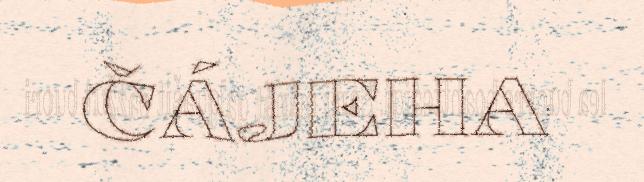
ČÁJEHA